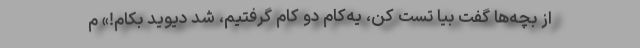
از بچه‌ها گفت بیا تست کن، یه‌کام دو کام گرفتیم، شد دیوید بکام!» م